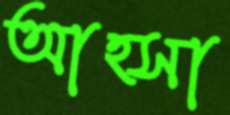
আহ্সা